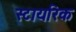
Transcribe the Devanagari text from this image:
स्टायरिक